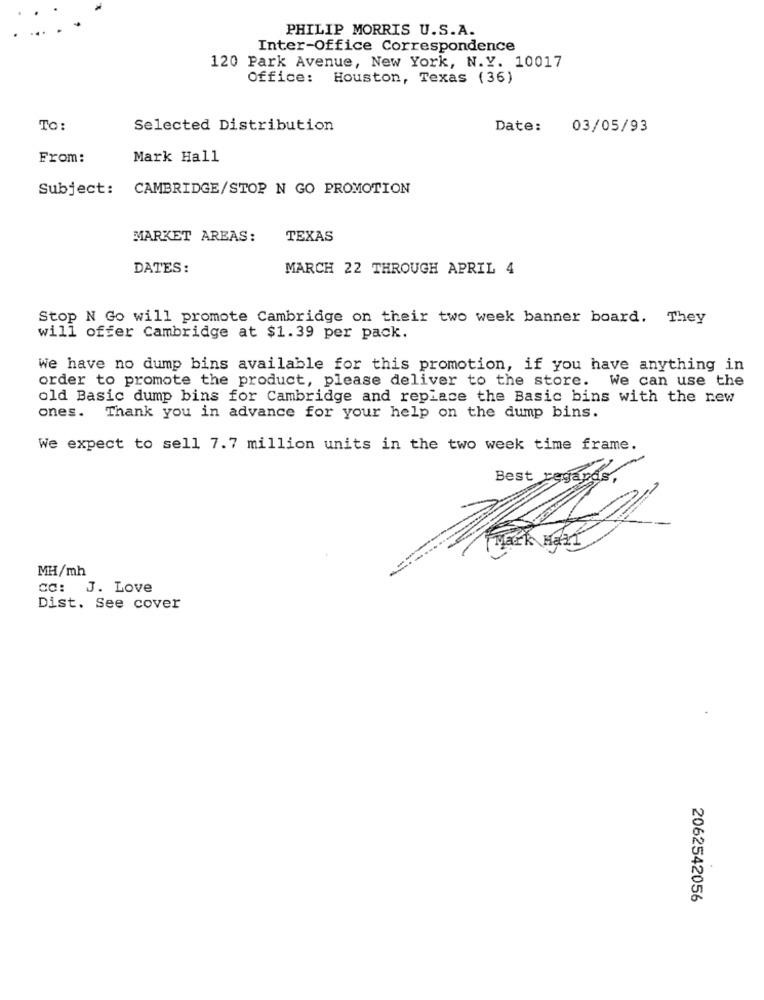
PHILIP MORRIS U.S.A.
Inter-Office Correspondence
120 Park Avenue, New York, N.Y. 10017
Office: Houston, Texas (36)
To:
Selected Distribution
Date:
03/05/93
From:
Mark Hall
Subject: CAMBRIDGE/STOP N GO PROMOTION
MARKET AREAS:
TEXAS
DATES:
MARCH 22 THROUGH APRIL 4
Stop N Go will promote Cambridge on their two week banner board. They
will offer Cambridge at $1.39 per pack.
We have no dump bins available for this promotion, if you have anything in
order to promote the product, please deliver to the store. We can use the
old Basic dump bins for Cambridge and replace the Basic bins with the new
ones.
Thank you in advance for your help on the dump bins.
We expect to sell 7.7 million units in the two week time frame.
Best re
MH/mh
CC: J. Love
Dist. See cover
2062542056